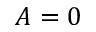
A = 0